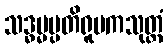
သဒ္ဓမ္မပ္ပတိရူပကသုတ္တံ